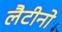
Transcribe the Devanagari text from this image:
लैटीनो